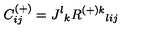
C _ { i j } ^ { ( + ) } = J ^ { l } { } _ { k } R ^ { { ( + ) } k } { } _ { l i j }